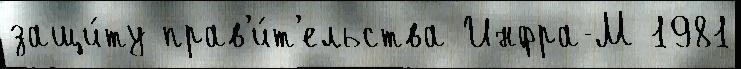
защи́ту прав'и́т'ельства Инфра-М 1981